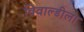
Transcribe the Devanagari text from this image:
विवाल्डीला